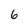
Character: 6